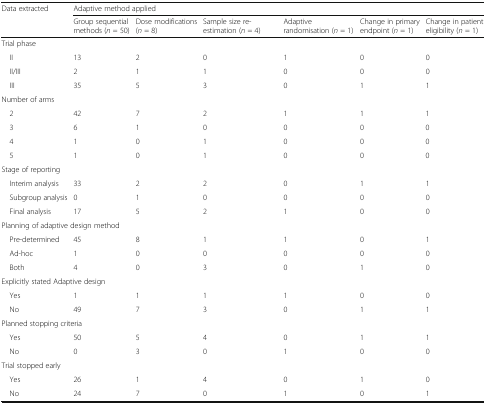
<table><thead><tr><td rowspan="2"><b>Data extracted</b></td><td colspan="6"><b>Adaptive method applied</b></td></tr><tr><td><b>Group sequential methods (<i>n</i> = 50)</b></td><td><b>Dose modifications (<i>n</i> = 8)</b></td><td><b>Sample size re-estimation (<i>n</i> = 4)</b></td><td><b>Adaptive randomisation (<i>n</i> = 1)</b></td><td><b>Change in primary endpoint (<i>n</i> = 1)</b></td><td><b>Change in patient eligibility (<i>n</i> = 1)</b></td></tr></thead><tbody><tr><td colspan="7">Trial phase</td></tr><tr><td> II</td><td>13</td><td>2</td><td>0</td><td>1</td><td>0</td><td>0</td></tr><tr><td> II/III</td><td>2</td><td>1</td><td>1</td><td>0</td><td>0</td><td>0</td></tr><tr><td> III</td><td>35</td><td>5</td><td>3</td><td>0</td><td>1</td><td>1</td></tr><tr><td colspan="7">Number of arms</td></tr><tr><td> 2</td><td>42</td><td>7</td><td>2</td><td>1</td><td>1</td><td>1</td></tr><tr><td> 3</td><td>6</td><td>1</td><td>0</td><td>0</td><td>0</td><td>0</td></tr><tr><td> 4</td><td>1</td><td>0</td><td>1</td><td>0</td><td>0</td><td>0</td></tr><tr><td> 5</td><td>1</td><td>0</td><td>1</td><td>0</td><td>0</td><td>0</td></tr><tr><td colspan="7">Stage of reporting</td></tr><tr><td> Interim analysis</td><td>33</td><td>2</td><td>2</td><td>0</td><td>1</td><td>1</td></tr><tr><td> Subgroup analysis</td><td>0</td><td>1</td><td>0</td><td>0</td><td>0</td><td>0</td></tr><tr><td> Final analysis</td><td>17</td><td>5</td><td>2</td><td>1</td><td>0</td><td>0</td></tr><tr><td colspan="7">Planning of adaptive design method</td></tr><tr><td> Pre-determined</td><td>45</td><td>8</td><td>1</td><td>1</td><td>0</td><td>1</td></tr><tr><td> Ad-hoc</td><td>1</td><td>0</td><td>0</td><td>0</td><td>0</td><td>0</td></tr><tr><td> Both</td><td>4</td><td>0</td><td>3</td><td>0</td><td>1</td><td>0</td></tr><tr><td colspan="7">Explicitly stated Adaptive design</td></tr><tr><td> Yes</td><td>1</td><td>1</td><td>1</td><td>1</td><td>0</td><td>0</td></tr><tr><td> No</td><td>49</td><td>7</td><td>3</td><td>0</td><td>1</td><td>1</td></tr><tr><td colspan="7">Planned stopping criteria</td></tr><tr><td> Yes</td><td>50</td><td>5</td><td>4</td><td>0</td><td>1</td><td>1</td></tr><tr><td> No</td><td>0</td><td>3</td><td>0</td><td>1</td><td>0</td><td>0</td></tr><tr><td colspan="7">Trial stopped early</td></tr><tr><td> Yes</td><td>26</td><td>1</td><td>4</td><td>0</td><td>1</td><td>0</td></tr><tr><td> No</td><td>24</td><td>7</td><td>0</td><td>1</td><td>0</td><td>1</td></tr></tbody></table>